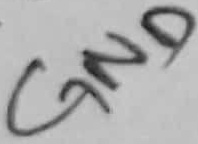
Text: GND